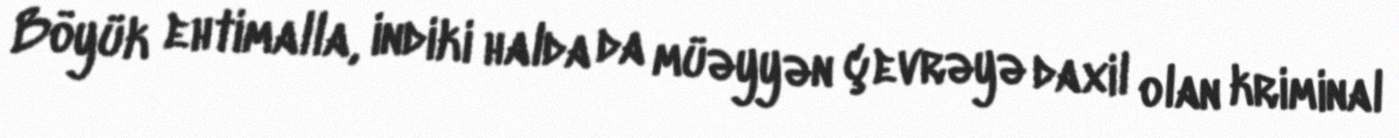
Böyük ehtimalla, indiki halda da müəyyən çevrəyə daxil olan kriminal